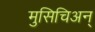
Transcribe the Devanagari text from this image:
मुसिचिअन्